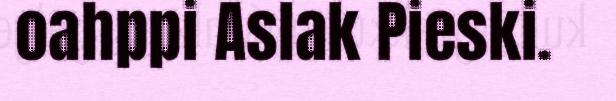
oahppi Aslak Pieski.